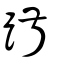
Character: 踧